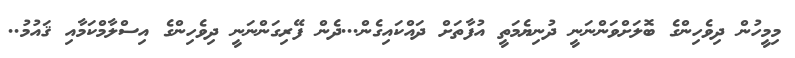
މިމީހުން ދިވެހިންގެ ބޮލަށްވަންނަނީ ދުނިޔެމަތީ އުފާތަށް ދައްކައިގެން...ދެން ފޭރިގަންނަނީ ދިވެހިންގެ އިސްލާމްކަމާއި ޤައުމު..